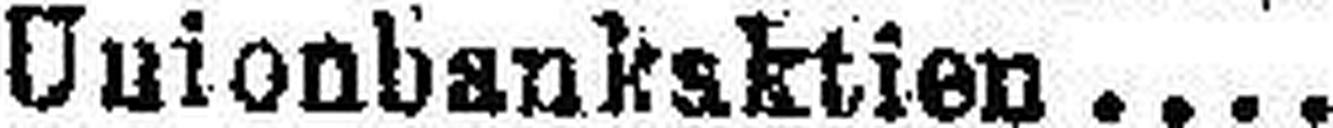
Unionbanksktien